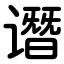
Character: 谮